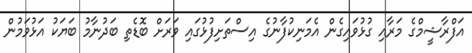
އަފްރާޝީމްގެ މަރާއި ގުޅުވައިގެން އެމަނިކުފާނުގެ އިސްތަށިފުޅުގައި ވަރަށް ބޮޑެތި ބަދުނާމު ބަޔަކު އަޅުވަމުން